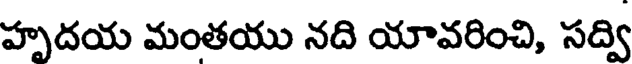
హృదయ మంతయు నది యావరించి, సద్వి